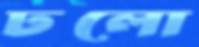
ঢলো